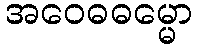
အဝေဓဓမ္မော